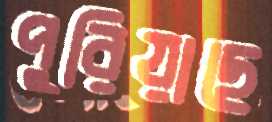
পুরিয়াছে